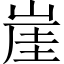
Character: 崖